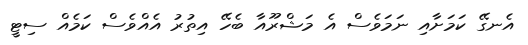
އެނގޭ ކަމަށާއި ނަމަވެސް އެ މަޝްރޫއާ ބެހޭ އިތުރު އެއްވެސް ކަމެއް ސިޓީ